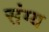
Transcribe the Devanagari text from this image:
संग्य